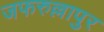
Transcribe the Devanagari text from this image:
जफरुल्लापुर